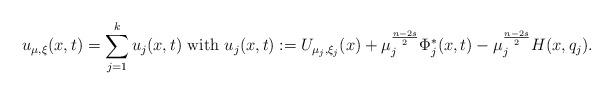
LaTeX: \begin{align*}u_{\mu,\xi}(x, t) = \sum_{j=1}^ku_j(x, t)~\mbox{with}~ u_j(x, t):=U_{\mu_j,\xi_j}(x) + \mu_j^{\frac{n-2s}{2}}\Phi_j^*(x, t) - \mu_j^{\frac{n-2s}{2}} H(x, q_j).\end{align*}